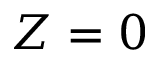
Z = 0